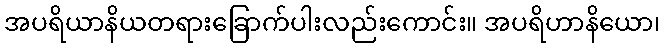
အပရိယာနိယတရားခြောက်ပါးလည်းကောင်း။ အပရိဟာနိယော၊